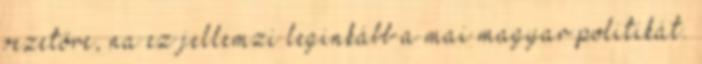
vezetőre, na ez jellemzi leginkább a mai magyar politikát.